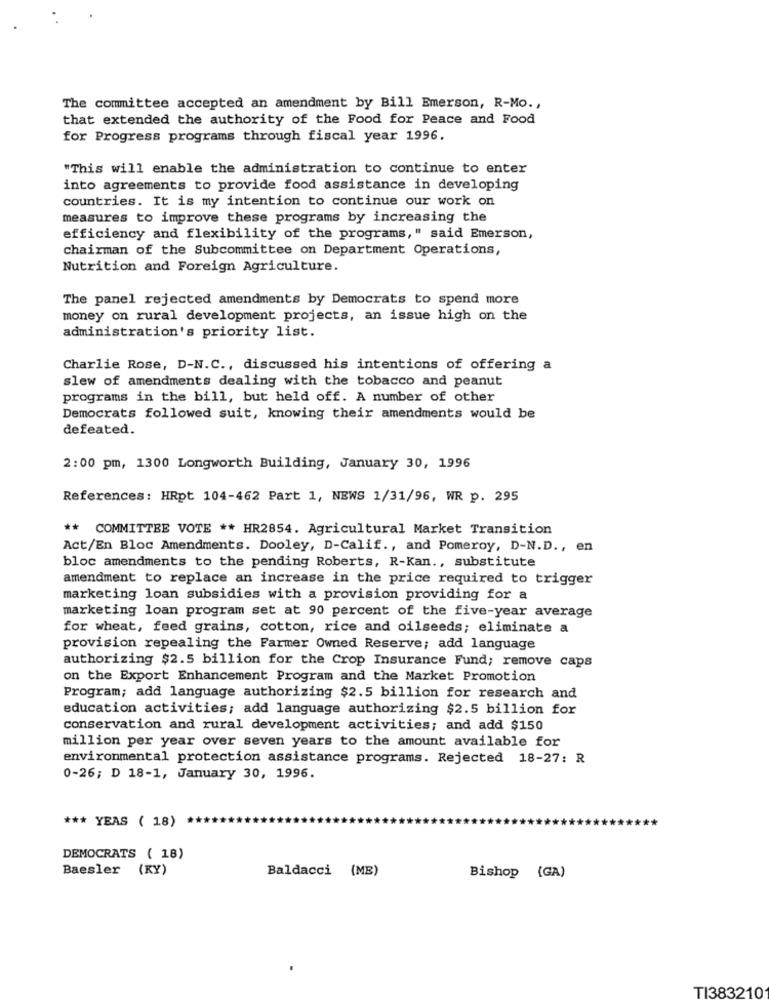
The committee accepted an amendment by Bill Emerson, R-Mo .,
that extended the authority of the Food for Peace and Food
for Progress programs through fiscal year 1996.
"This will enable the administration to continue to enter
into agreements to provide food assistance in developing
countries. It is my intention to continue our work on
measures to improve these programs by increasing the
efficiency and flexibility of the programs," said Emerson,
chairman of the Subcommittee on Department Operations,
Nutrition and Foreign Agriculture.
The panel rejected amendments by Democrats to spend more
money on rural development projects, an issue high on the
administration's priority list.
Charlie Rose, D-N.C ., discussed his intentions of offering a
slew of amendments dealing with the tobacco and peanut
programs in the bill, but held off. A number of other
Democrats followed suit, knowing their amendments would be
defeated.
2:00 pm, 1300 Longworth Building, January 30, 1996
References: HRpt 104-462 Part 1, NEWS 1/31/96, WR p. 295
** COMMITTEE VOTE ** HR2854. Agricultural Market Transition
Act/En Bloc Amendments. Dooley, D-Calif ., and Pomeroy, D-N.D ., en
bloc amendments to the pending Roberts, R-Kan ., substitute
amendment to replace an increase in the price required to trigger
marketing loan subsidies with a provision providing for a
marketing loan program set at 90 percent of the five-year average
for wheat, feed grains, cotton, rice and oilseeds; eliminate a
provision repealing the Farmer Owned Reserve; add language
authorizing $2.5 billion for the Crop Insurance Fund; remove caps
on the Export Enhancement Program and the Market Promotion
Program; add language authorizing $2.5 billion for research and
education activities; add language authorizing $2.5 billion for
conservation and rural development activities; and add $150
million per year over seven years to the amount available for
environmental protection assistance programs. Rejected 18-27: R
0-26; D 18-1, January 30, 1996.
*** YEAS ( 18)
DEMOCRATS ( 18)
Baesler (KY)
Baldacci (ME)
Bishop (GA)
TI383210